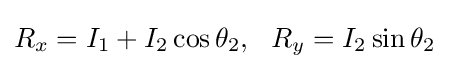
R_{x}=I_{1}+I_{2}\cos \theta _{2},\ \ R_{y}=I_{2}\sin \theta _{2}